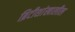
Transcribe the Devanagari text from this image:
ब्रिटीशांखालील